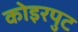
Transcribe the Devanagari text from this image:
कोइरपुट